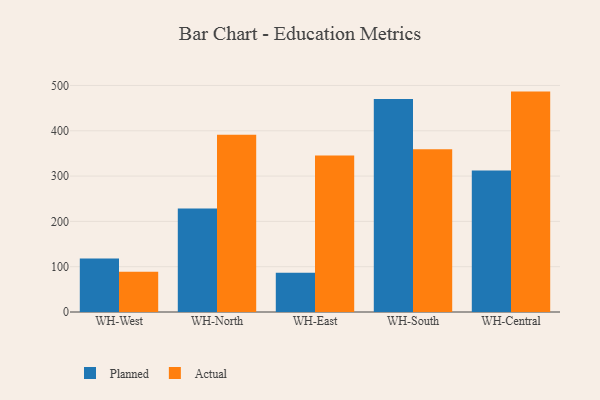
{"axis": {"x": "Warehouse", "y": "Demand Index"}, "legend": ["Actual", "Planned"], "data": [{"x": "WH-West", "y": 118.0, "type": "Planned"}, {"x": "WH-West", "y": 89.1, "type": "Actual"}, {"x": "WH-North", "y": 228.2, "type": "Planned"}, {"x": "WH-North", "y": 391.4, "type": "Actual"}, {"x": "WH-East", "y": 86.4, "type": "Planned"}, {"x": "WH-East", "y": 345.5, "type": "Actual"}, {"x": "WH-South", "y": 469.9, "type": "Planned"}, {"x": "WH-South", "y": 359.4, "type": "Actual"}, {"x": "WH-Central", "y": 312.5, "type": "Planned"}, {"x": "WH-Central", "y": 486.5, "type": "Actual"}]}